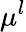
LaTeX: \mu^{l}